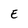
Character: E